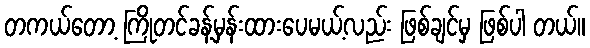
တကယ်တော့ ကြိုတင်ခန့်မှန်းထားပေမယ့်လည်း ဖြစ်ချင်မှ ဖြစ်ပါ တယ်။